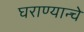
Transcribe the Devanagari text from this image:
घराण्यान्चे